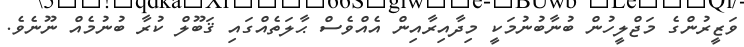
ވަޒީރުންގެ މަޖްލީހުން ބުނާބުނުމަކީ މިދާއިރާއިން އެއްވެސް ޙާލަތެއްގައި ޤަބޫލް ކުރާ ބުނުމެއް ނޫނެވެ.